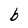
Character: b